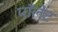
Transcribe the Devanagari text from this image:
पॉलेट